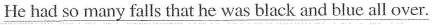
\underline{ He had so many falls that he was black and blue all over. }